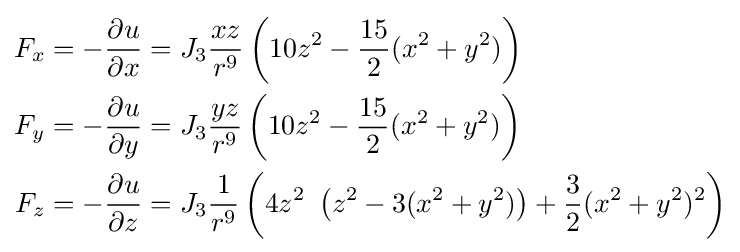
{\begin{aligned}F_{x}&=-{\frac {\partial u}{\partial x}}=J_{3}{\frac {xz}{r^{9}}}\left(10z^{2}-{\frac {15}{2}}(x^{2}+y^{2})\right)\\F_{y}&=-{\frac {\partial u}{\partial y}}=J_{3}{\frac {yz}{r^{9}}}\left(10z^{2}-{\frac {15}{2}}(x^{2}+y^{2})\right)\\F_{z}&=-{\frac {\partial u}{\partial z}}=J_{3}{\frac {1}{r^{9}}}\left(4z^{2}\ \left(z^{2}-3(x^{2}+y^{2})\right)+{\frac {3}{2}}(x^{2}+y^{2})^{2}\right)\end{aligned}}